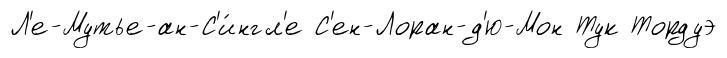
Л'е-Мутье-ан-С'и́нгл'е С'ен-Лоран-д'ю-Мон Тук Тордуэ